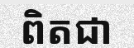
ពិតជា